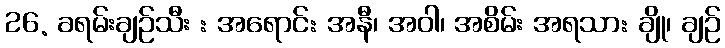
26. ခရမ်းချဉ်သီး : အရောင်: အနီ၊ အဝါ၊ အစိမ်း အရသာ: ချို၊ ချဉ်